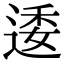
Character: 逶